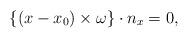
LaTeX: \begin{align*} \{(x-x_0)\times \omega\}\cdot n_x=0, \end{align*}